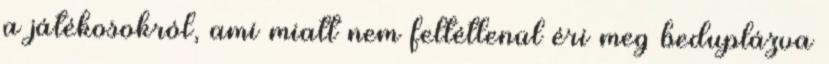
a játékosokról, ami miatt nem feltétlenül éri meg beduplázva